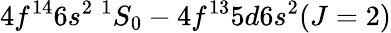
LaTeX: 4f^{14}6s^{2}~^{1}S_{0}-4f^{13}5d6s^{2}(J=2)